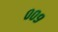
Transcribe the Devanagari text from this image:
००९